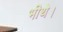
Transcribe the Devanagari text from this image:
भीथे।